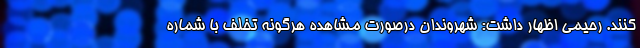
‌کنند. رحیمی اظهار داشت: شهروندان درصورت مشاهده هرگونه تخلف با شماره